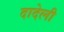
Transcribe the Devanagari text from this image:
दादेली